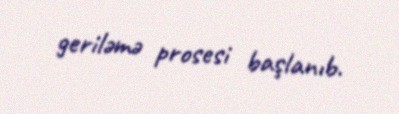
geriləmə prosesi başlanıb.